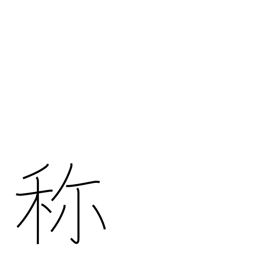
Meaning: name